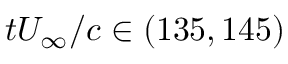
t U _ { \infty } / c \in ( 1 3 5 , 1 4 5 )